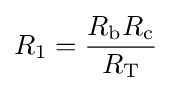
R_{1}={\frac {R_{\text{b}}R_{\text{c}}}{R_{\text{T}}}}